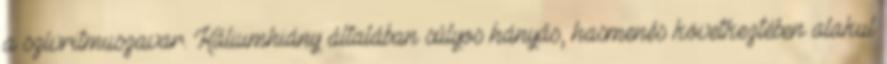
a szívritmuszavar. Káliumhiány általában súlyos hányás, hasmenés következtében alakul